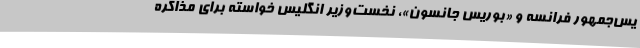
یس‌جمهور فرانسه و «بوریس جانسون»، نخست‌وزیر انگلیس خواسته برای مذاکره